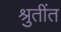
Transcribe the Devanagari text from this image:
श्रुतींत